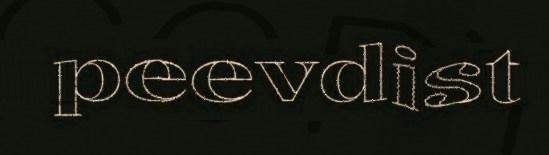
peevdist